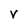
Character: v